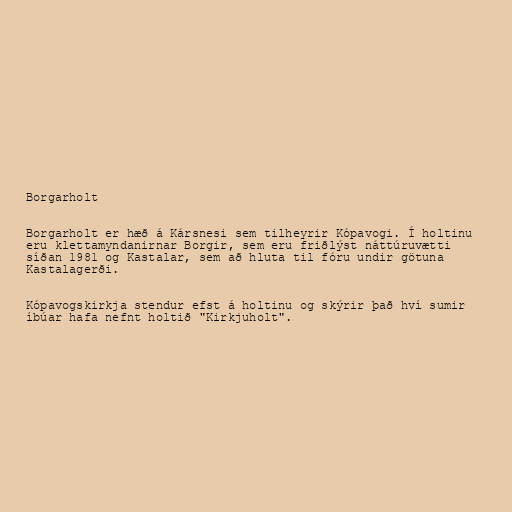
Borgarholt

Borgarholt er hæð á Kársnesi sem tilheyrir Kópavogi. Í holtinu
eru klettamyndanirnar Borgir, sem eru friðlýst náttúruvætti
síðan 1981 og Kastalar, sem að hluta til fóru undir götuna
Kastalagerði.

Kópavogskirkja stendur efst á holtinu og skýrir það hví sumir
íbúar hafa nefnt holtið "Kirkjuholt".